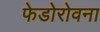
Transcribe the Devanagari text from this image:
फेडोरोवना